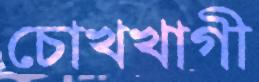
চোখখাগী